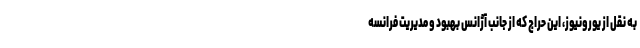
به نقل از یورونیوز، این حراج که از جانب آژانس بهبود و مدیریت فرانسه